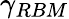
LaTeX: \gamma_{RBM}